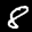
Label: 8